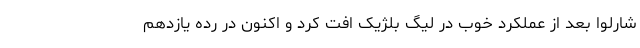
شارلوا بعد از عملکرد خوب در لیگ بلژیک افت کرد و اکنون در رده یازدهم